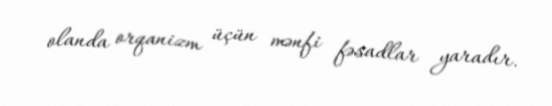
olanda orqanizm üçün mənfi fəsadlar yaradır.